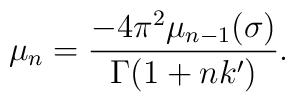
\mu_n=\frac{-4\pi^2\mu_{n-1}(\sigma)}{\Gamma(1+nk')}.